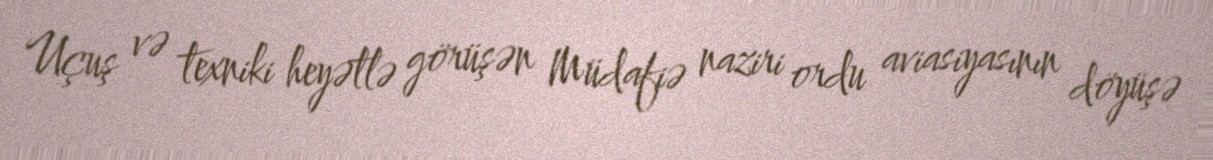
Uçuş və texniki heyətlə görüşən Müdafiə naziri ordu aviasiyasının döyüşə